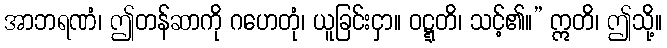
အာဘရဏံ၊ ဤတန်ဆာကို ဂဟေတုံ၊ ယူခြင်းငှာ။ ဝဋ္ဋတိ၊ သင့်၏။” ဣတိ၊ ဤသို့။